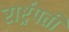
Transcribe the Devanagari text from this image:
रार्ष्ट्रपती